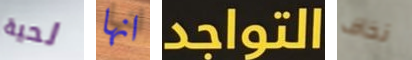
لحية انها التواجد نخاف